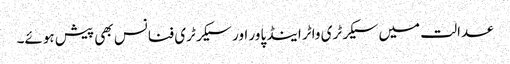
عدالت میں سیکرٹری واٹر اینڈ پاور اور سیکرٹری فنانس بھی پیش ہوئے۔